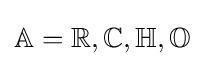
\mathbb {A} =\mathbb {R} ,\mathbb {C} ,\mathbb {H} ,\mathbb {O}